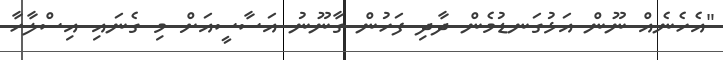
"އެހެނެއް ނޫން އަޅުގަނޑުމެން ދާދި ފަހުން ގާނޫނު އަސާސީއަށް މި ގެނައި އިސްލާހާ